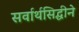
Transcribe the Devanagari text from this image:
सर्वार्थसिद्धीने